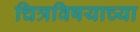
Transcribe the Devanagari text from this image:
चित्रविषयाच्या